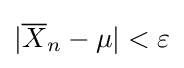
|{\overline {X}}_{n}-\mu |<\varepsilon